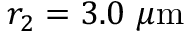
r _ { 2 } = 3 . 0 \ \mu \mathrm { m }